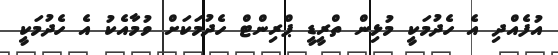
އުފެއްދި އެ ހެދުމަކީ މުޅިން ތްރީޑީ ޕްރިންޓް ހެދުމަކަށް ވުމާއެކު އެ ހެދުމަކީ